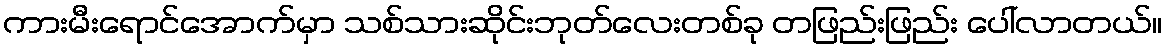
ကားမီးရောင်အောက်မှာ သစ်သားဆိုင်းဘုတ်လေးတစ်ခု တဖြည်းဖြည်း ပေါ်လာတယ်။